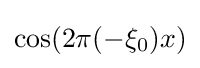
\cos(2\pi (-\xi _{0})x)